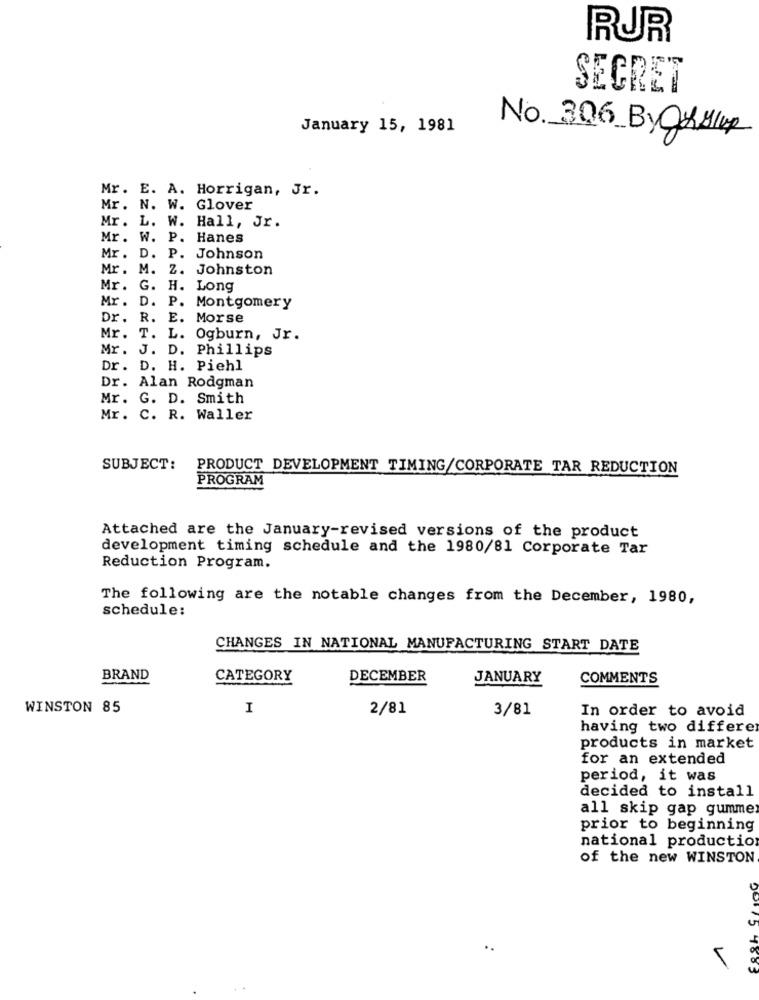
RUR
SECRET
January 15, 1981
No. 306 By Chylup
Mr. E. A. Horrigan, Jr.
Mr. N. W. Glover
Mr. L. W. Hall, Jr.
Mr. W. P. Hanes
Mr. D. P. Johnson
Mr. M. Z. Johnston
Mr.
G. H. Long
Mr. D. P. Montgomery
. R. E. Morse
Mr. T. L. Ogburn, Jr.
Mr. J. D. Phillips
Dr. D. H. Piehl
Dr. Alan Rodgman
Mr. G. D. Smith
Mr. C. R. Waller
SUBJECT:
PRODUCT DEVELOPMENT TIMING/CORPORATE TAR REDUCTION
PROGRAM
Attached are the January-revised versions of the product
development timing schedule and the 1980/81 Corporate Tar
Reduction Program.
The following are the notable changes from the December, 1980,
schedule:
CHANGES IN NATIONAL MANUFACTURING START DATE
BRAND
CATEGORY
DECEMBER
JANUARY
COMMENTS
WINSTON 85
I
2/81
3/81
In order to avoid
having two differe
products in market
for an extended
period, it was
decided to install
all skip gap gummer
prior to beginning
national production
of the new WINSTON
0 15 4885